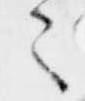
々